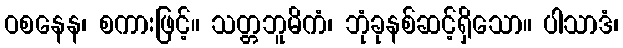
ဝစနေန၊ စကားဖြင့်။ သတ္တဘူမိကံ၊ ဘုံခုနစ်ဆင့်ရှိသော။ ပါသာဒံ၊